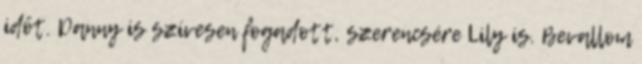
időt. Danny is szívesen fogadott, szerencsére Lily is. Bevallom